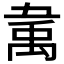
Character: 𰨚